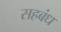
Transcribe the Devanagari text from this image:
सहबंध